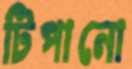
টিপানো